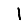
Digit: 1